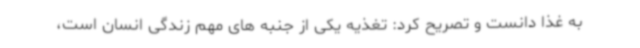
به غذا دانست و تصریح کرد: تغذیه یکی از جنبه های مهم زندگی انسان است،